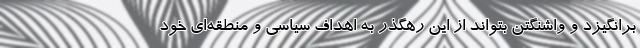
برانگیزد و واشنگتن بتواند از این رهگذر به اهداف سیاسی و منطقه‌ای خود